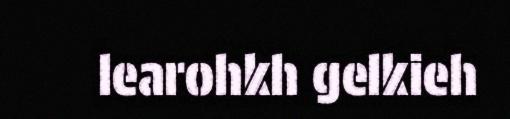
learohkh gelkieh